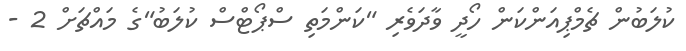
ކުލަބުން ޗެމްޕިއަންކަން ހޯދީ ވާދަވެރި "ކަންމަތި ސްޕޯޓްސް ކުލަބު"ގެ މައްޗަށް 2 -